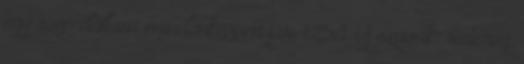
egy szép dallam mindenképpen jár. 1253. Új szavak: sistereg,